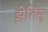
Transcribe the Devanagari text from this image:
झ़ेतिसू